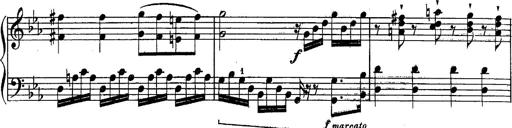
Title: Schubert's Impromptus [revised and edited by Franz Liszt]
Composer: Franz Liszt